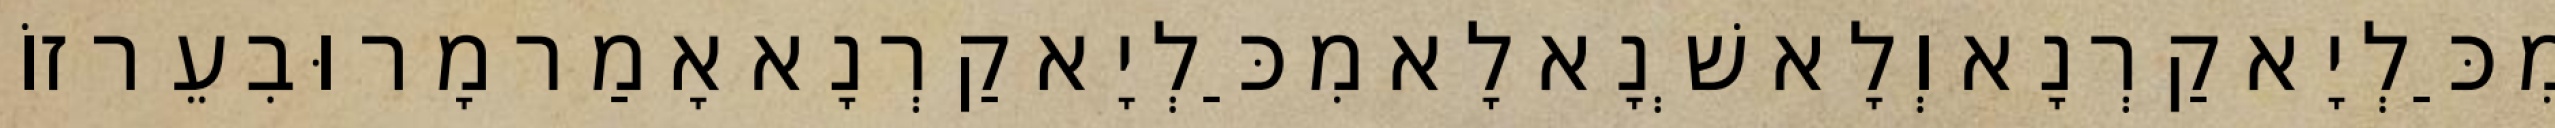
מִכַּלְיָא קַרְנָא וְלָא שְׁנָא לָא מִכַּלְיָא קַרְנָא אָמַר מָר וּבִעֵר זוֹ